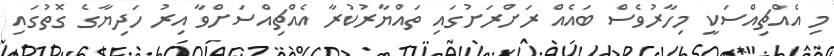
މި އެއްޗިއްސަކީ މިހާރުވެސް ބައެއް ރަށްރަށުގައި ތައްޔާާރުކުރާ އެއްޗިއްސަށްވާ އިރު ހަދިޔާގެ ގޮތުގައި